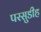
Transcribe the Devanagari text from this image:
परसुडीह